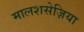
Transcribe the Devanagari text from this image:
मालशसेज़िया